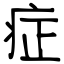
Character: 症